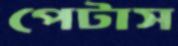
পেটাস